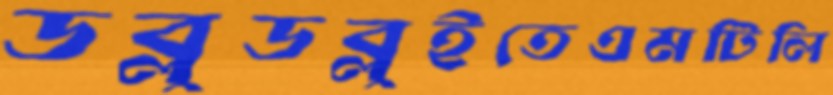
ডব্লুডব্লুইতেএমটিলি